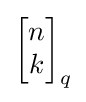
{\begin{bmatrix}n\\k\end{bmatrix}}_{q}